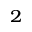
^ 2